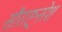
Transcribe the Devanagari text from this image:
सौराष्ट्रनरेश